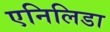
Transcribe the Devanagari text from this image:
एनिलिडा